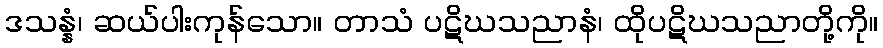
ဒသန္နံ၊ ဆယ်ပါးကုန်သော။ တာသံ ပဋိဃသညာနံ၊ ထိုပဋိဃသညာတို့ကို။